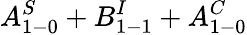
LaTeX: A_{1-0}^{S}+B_{1-1}^{I}+A_{1-0}^{C}